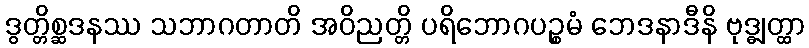
ဒွတ္တိစ္ဆဒနဿ သဘာဂတာတိ အဝိညတ္တိ ပရိဘောဂပဉ္စမံ ဘေဒနာဒီနိ ဗုဒ္ဓျတ္ထာ